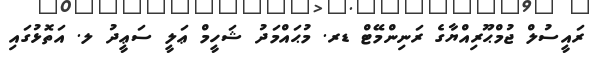
ރަަައީސުލް ޖުމްޙޫރިއްޔާގެ ރަނިންމޭޓް ޑރ. މުޙައްމަދު ޝަހީމް ޢަލީ ސަޢީދު ލ. އަތޮޅުގައި